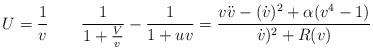
LaTeX: \begin{align*}U={1\over v} \qquad {1\over 1+{V\over v}}-{1\over 1+u v}=\frac{v\ddot v-(\dot v)^2+\alpha(v^4-1)}{\dot v)^2+R(v)}\end{align*}